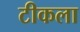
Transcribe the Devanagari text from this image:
टीकला